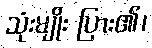
သုံးမျိုး ပြား၏၊